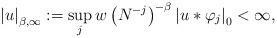
LaTeX: \begin{align*}\left\vert u\right\vert _{\beta ,\infty }:=\sup_{j}w\left( N^{-j}\right)^{-\beta }\left\vert u\ast \varphi _{j}\right\vert _{0}<\infty , \end{align*}